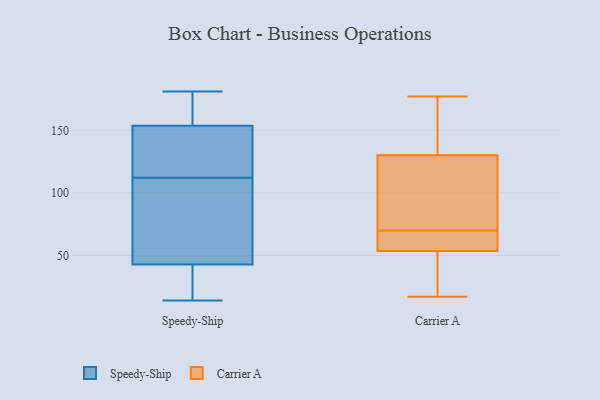
{"axis": {"x": "Demand Index", "y": "Value"}, "legend": ["Carrier A", "Speedy-Ship"], "data": [{"x": "", "y": 14, "type": "Speedy-Ship"}, {"x": "", "y": 112, "type": "Speedy-Ship"}, {"x": "", "y": 160, "type": "Speedy-Ship"}, {"x": "", "y": 58, "type": "Speedy-Ship"}, {"x": "", "y": 165, "type": "Speedy-Ship"}, {"x": "", "y": 181, "type": "Speedy-Ship"}, {"x": "", "y": 129, "type": "Speedy-Ship"}, {"x": "", "y": 41, "type": "Speedy-Ship"}, {"x": "", "y": 48, "type": "Speedy-Ship"}, {"x": "", "y": 135, "type": "Speedy-Ship"}, {"x": "", "y": 37, "type": "Speedy-Ship"}, {"x": "", "y": 24, "type": "Carrier A"}, {"x": "", "y": 131, "type": "Carrier A"}, {"x": "", "y": 149, "type": "Carrier A"}, {"x": "", "y": 70, "type": "Carrier A"}, {"x": "", "y": 177, "type": "Carrier A"}, {"x": "", "y": 60, "type": "Carrier A"}, {"x": "", "y": 19, "type": "Carrier A"}, {"x": "", "y": 68, "type": "Carrier A"}, {"x": "", "y": 103, "type": "Carrier A"}, {"x": "", "y": 63, "type": "Carrier A"}, {"x": "", "y": 60, "type": "Carrier A"}, {"x": "", "y": 108, "type": "Carrier A"}, {"x": "", "y": 153, "type": "Carrier A"}, {"x": "", "y": 139, "type": "Carrier A"}, {"x": "", "y": 70, "type": "Carrier A"}, {"x": "", "y": 76, "type": "Carrier A"}, {"x": "", "y": 17, "type": "Carrier A"}, {"x": "", "y": 47, "type": "Carrier A"}, {"x": "", "y": 129, "type": "Carrier A"}, {"x": "", "y": 23, "type": "Carrier A"}]}